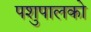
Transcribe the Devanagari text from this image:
पशुपालको